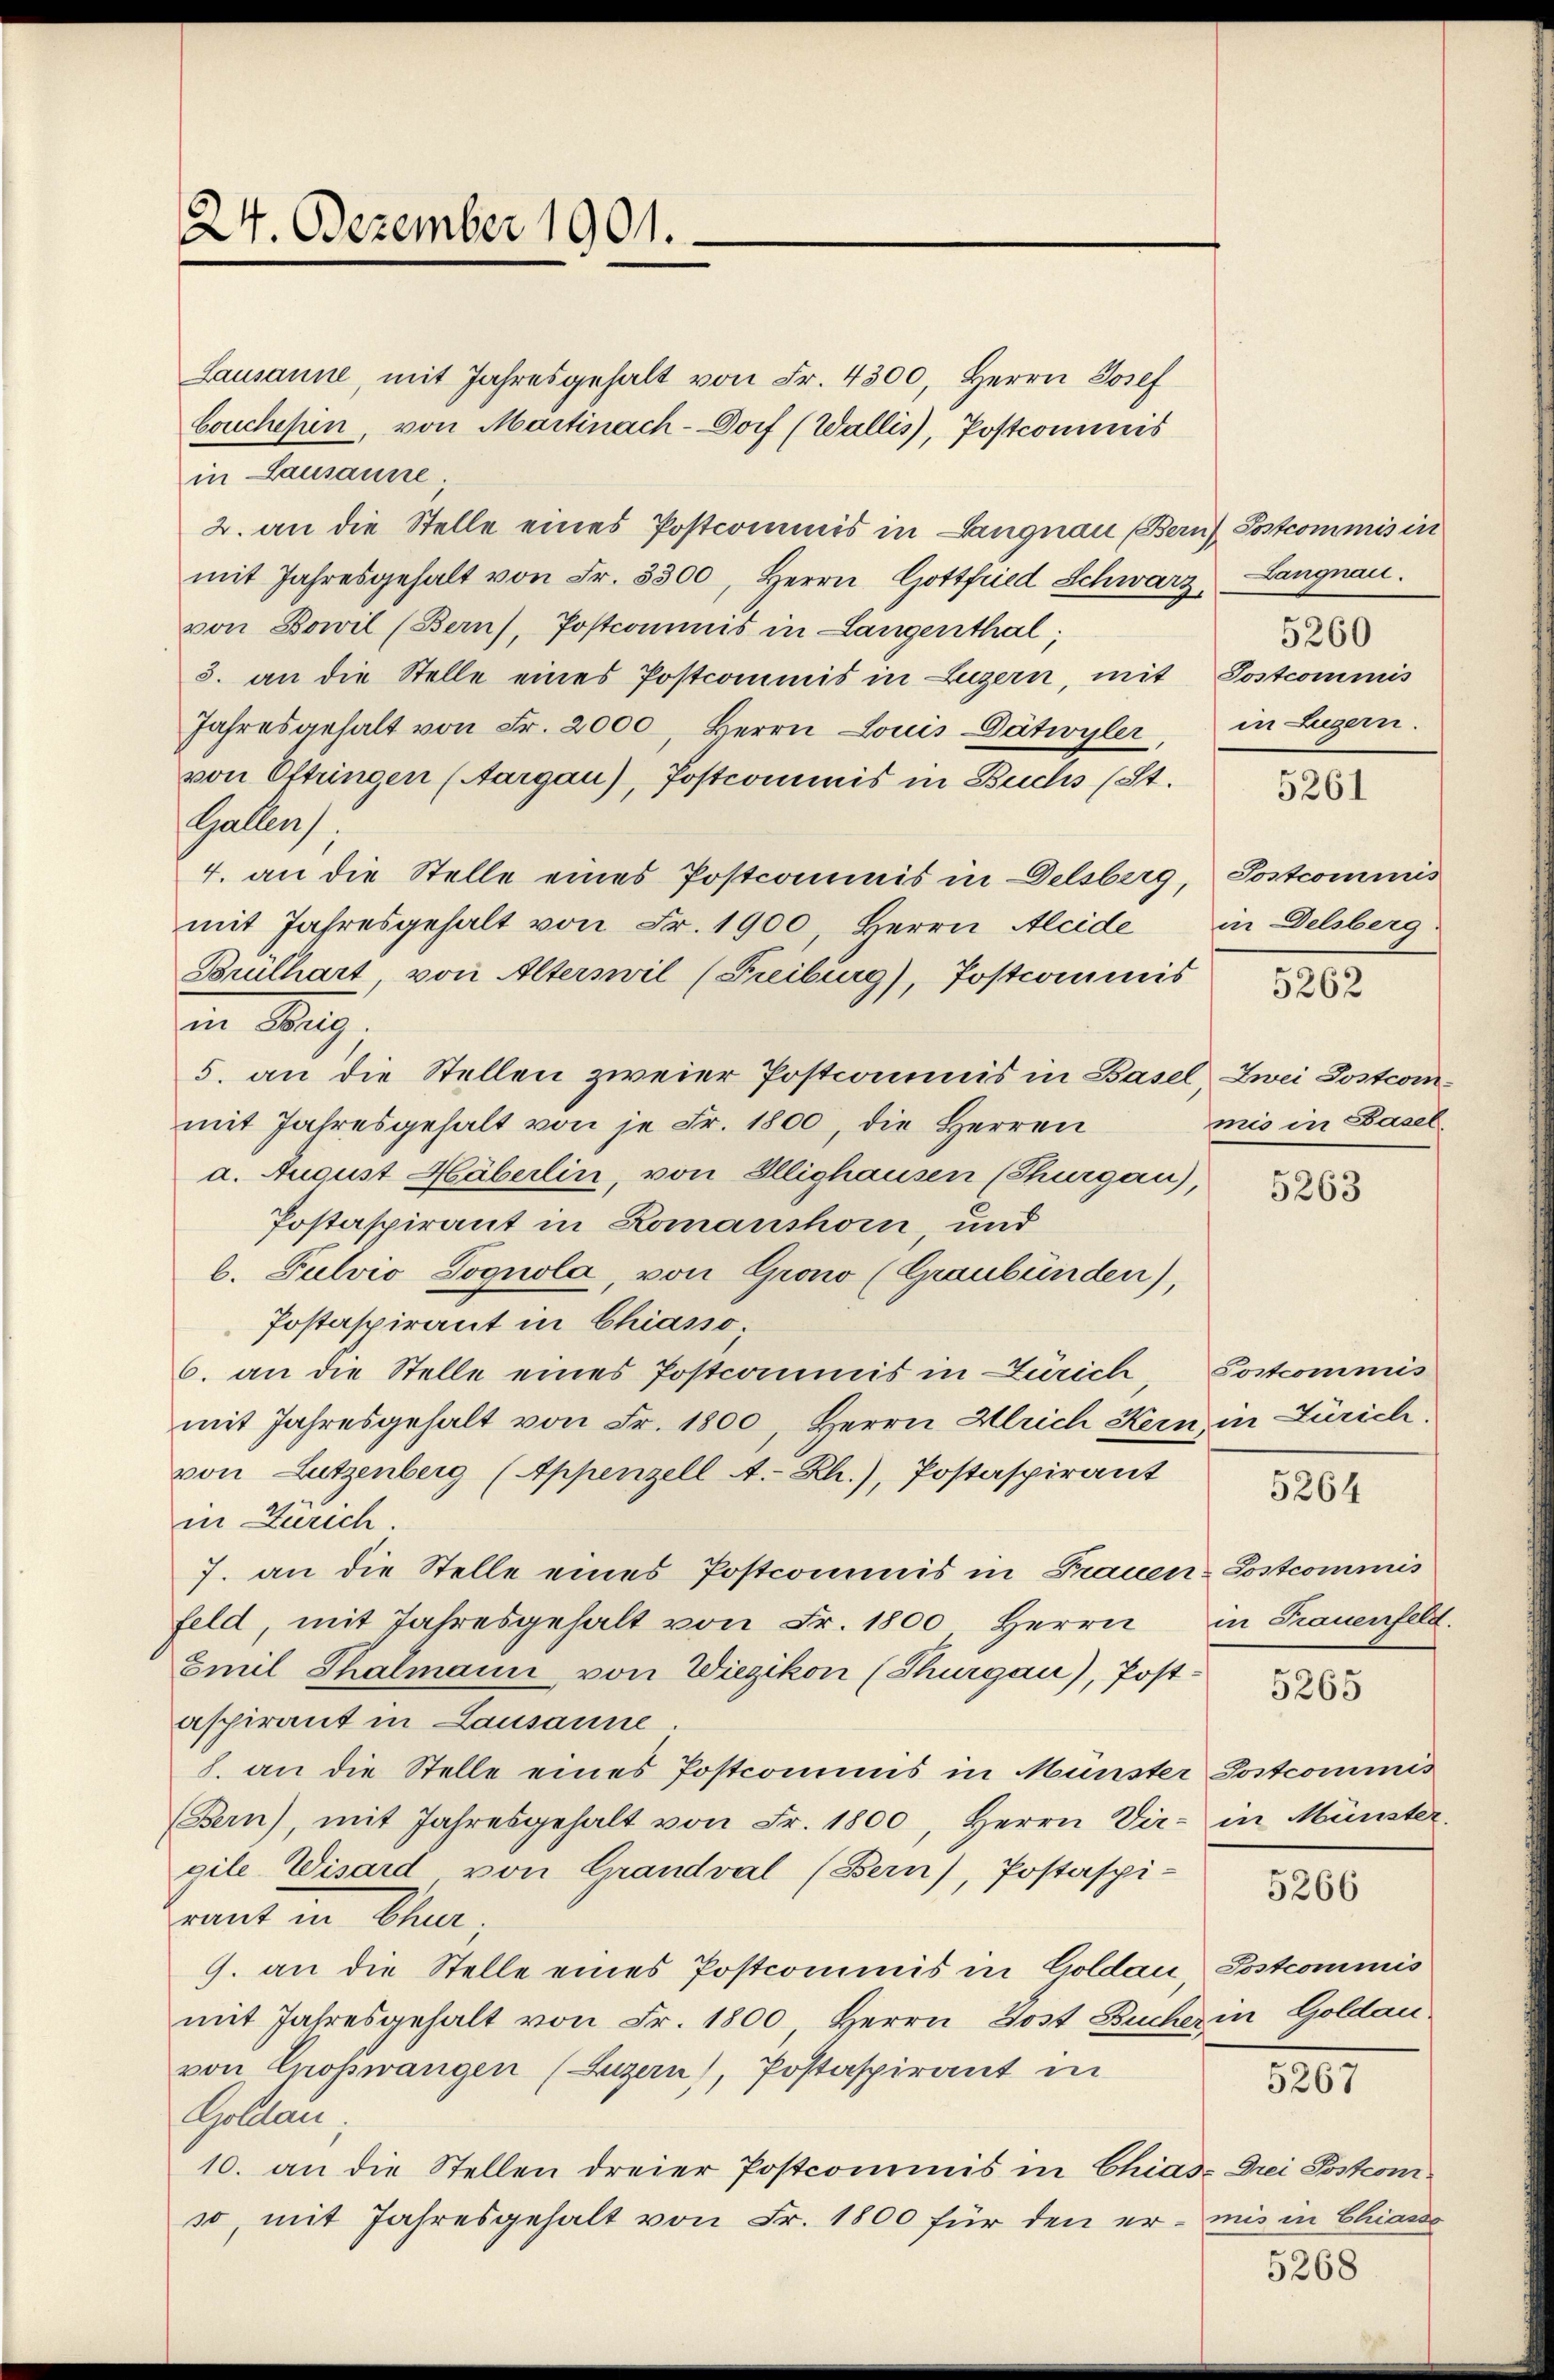
24. Dezember 1901.

Lausanne, mit Jahresgehalt von Fr. 4300, Herrn Josef
Couchepin, von Martinach-Dorf (Wallis, Postcommis
in Lausanne
2. an die Stelle eines Postcommis in Langnau (Bern Postcommis in
mit Jahresgehalt von Fr. 3300, Herrn Gottfried Schwarz, Langnau.
von Bowil (Bern), Postcommis in Langenthal;
3. an die Stelle eines Postcommis in Luzern, mit Postcommis
Jahresgehalt von Fr. 2000 herrn Louis Dätwyler,
von Ottringen (Aargau), Postcommis in Buchs (St.
Gallens.
4. an die Stelle eines Postcommis in Delsberg, Postcommis
mit Jahresgehalt von Fr. 1900, Herrn Aleide
Brülhart von Alterswil (Freiburg), Postcommis
im Mag
5. an die Stellen zweier Postcommis in Basel zwei Postcommit Jahresgehalt von je Fr. 1800, die Herren
a. August Häberlin, von Illighausen (Thurgau),
Postaspirant in Romanshorn, und
l. Fulvio Vognola, von Grono (Graubünden),
Postaspirant in Chiasso.
6. an die Stelle eines Postcommis in Zürich Postcommis
mit Jahresgehalt von Fr. 1800, Herrn Ulrich Kern in Zürich.
von Lutzenberg (Appenzell A.-Rh.), Postaspirant
in Zürich.
7. an die Stelle eines Postcommis in Frauen-Lostcommis
feld, mit Jahresgehalt von Fr. 1800 Herrn in Frauenfeld.
Emil Thalmann von Wiezikon (Thurgau), Post-
aspirant in Lausanne
8. an die Stelle eines Postcomuns in Münster Postcommis
Bern), mit Jahresgehalt von Fr. 1800, Herrn Vir- in Münster.
gile Wisard von Grandval (Bern, Postaspi- 3
mint in Chur.
9. an die Stelle eines Postcommis in Goldau, Postcommis
mit Jahresgehalt von Fr. 1800 Herrn Post Bucher in Goldau
von Cropwangen (Luzern), Postaspirant in
Golden,
10. an die Stellen dreier Postcommis in Chias Drei Postcomso, mit Jahresgehalt von Fr. 1800 für den er mis in Chians

5260
in Zugern.

5268

5261

in Delsberg
5262

mis in Basel

5263

5267